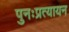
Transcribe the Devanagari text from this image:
पुनःप्रत्यायन